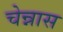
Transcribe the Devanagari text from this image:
चेन्नास